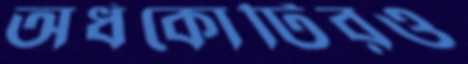
অর্ধকোটিরও